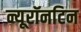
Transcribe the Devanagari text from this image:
न्यूरॉनटिन